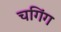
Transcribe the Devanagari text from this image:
चगिंग